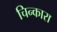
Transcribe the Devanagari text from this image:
चिन्कारा